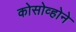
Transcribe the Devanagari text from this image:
कोसोव्होने